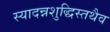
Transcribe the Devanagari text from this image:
स्यादन्नशुद्धिस्तथैव